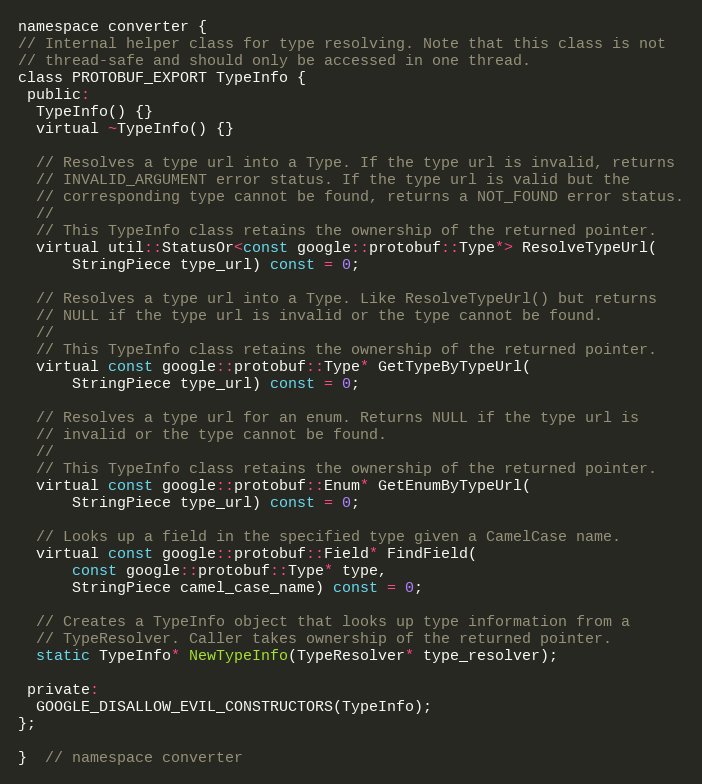
Language: C
namespace converter {
// Internal helper class for type resolving. Note that this class is not
// thread-safe and should only be accessed in one thread.
class PROTOBUF_EXPORT TypeInfo {
 public:
  TypeInfo() {}
  virtual ~TypeInfo() {}

  // Resolves a type url into a Type. If the type url is invalid, returns
  // INVALID_ARGUMENT error status. If the type url is valid but the
  // corresponding type cannot be found, returns a NOT_FOUND error status.
  //
  // This TypeInfo class retains the ownership of the returned pointer.
  virtual util::StatusOr<const google::protobuf::Type*> ResolveTypeUrl(
      StringPiece type_url) const = 0;

  // Resolves a type url into a Type. Like ResolveTypeUrl() but returns
  // NULL if the type url is invalid or the type cannot be found.
  //
  // This TypeInfo class retains the ownership of the returned pointer.
  virtual const google::protobuf::Type* GetTypeByTypeUrl(
      StringPiece type_url) const = 0;

  // Resolves a type url for an enum. Returns NULL if the type url is
  // invalid or the type cannot be found.
  //
  // This TypeInfo class retains the ownership of the returned pointer.
  virtual const google::protobuf::Enum* GetEnumByTypeUrl(
      StringPiece type_url) const = 0;

  // Looks up a field in the specified type given a CamelCase name.
  virtual const google::protobuf::Field* FindField(
      const google::protobuf::Type* type,
      StringPiece camel_case_name) const = 0;

  // Creates a TypeInfo object that looks up type information from a
  // TypeResolver. Caller takes ownership of the returned pointer.
  static TypeInfo* NewTypeInfo(TypeResolver* type_resolver);

 private:
  GOOGLE_DISALLOW_EVIL_CONSTRUCTORS(TypeInfo);
};

}  // namespace converter